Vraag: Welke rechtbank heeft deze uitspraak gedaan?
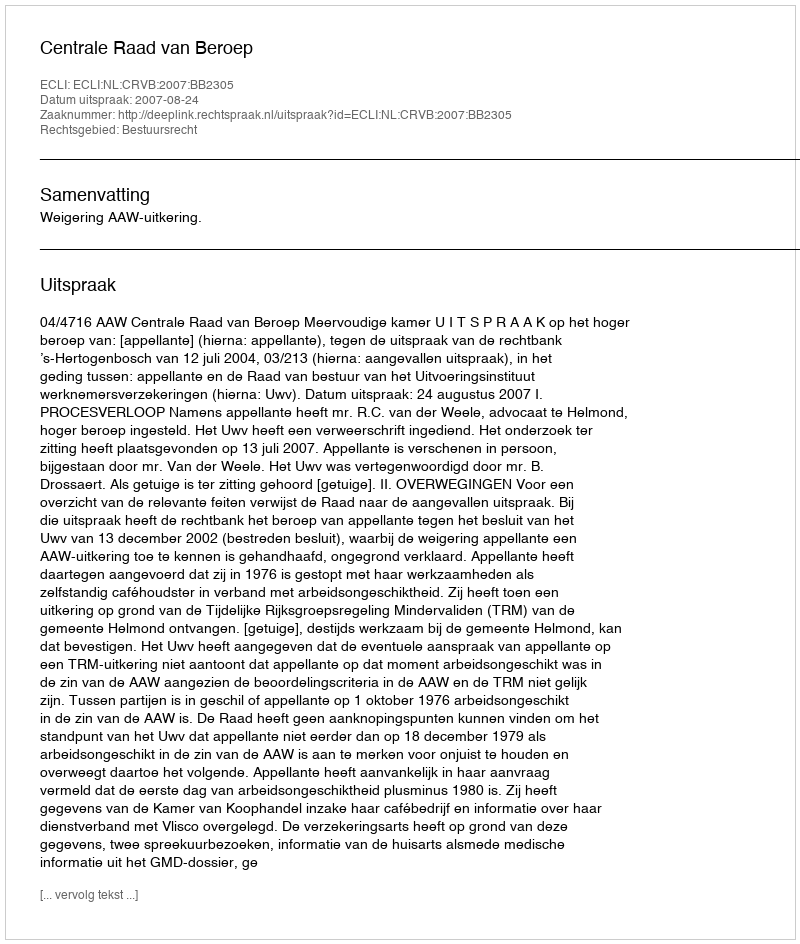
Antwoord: Centrale Raad van Beroep